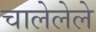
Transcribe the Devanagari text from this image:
चालेलेले